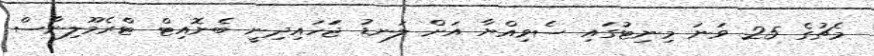
މެޗުގެ 25 ވަނަ މިނިޓުގައި ސެވިއްޔާ އަށް ލަނޑު ޖަަހައިދިނީ ބެނޮއިޓް ޓްރެމޫލިނާސް